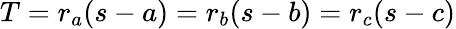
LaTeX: T=r_{a}(s-a)=r_{b}(s-b)=r_{c}(s-c)